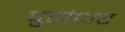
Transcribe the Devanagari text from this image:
पुरांधर